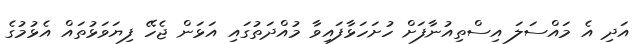
އަދި އެ މައްސަލަ އިސްތިއުނާފަށް ހުށަހަޅާފައިވާ މުއްދަތުގައި އަޅަން ޖެހޭ ފިޔަވަޅުތައް އެޅުމުގެ